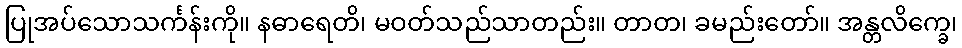
ပြုအပ်သောသင်္ကန်းကို။ နဓာရေတိ၊ မဝတ်သည်သာတည်း။ တာတ၊ ခမည်းတော်။ အန္တလိက္ခေ၊